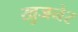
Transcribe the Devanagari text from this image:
खुजनेर